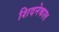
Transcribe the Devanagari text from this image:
शिदनेकाल